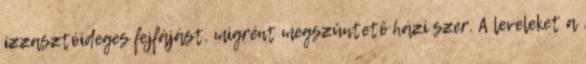
izzasztóideges fejfájást, migrént megszüntető házi szer. A leveleket a